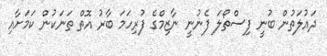
ދައުލަތުން ބުނީ ފިސްތޯލަ ފެނުނީ ނާޒިމްގެ ފުރިހަމަ ބާރު އޮތް ތަނަކުން ކަމަށާއި